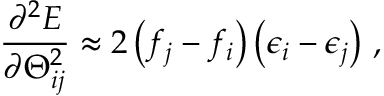
\frac { \partial ^ { 2 } E } { \partial \Theta _ { i j } ^ { 2 } } \approx 2 \left( f _ { j } - f _ { i } \right) \left( \epsilon _ { i } - \epsilon _ { j } \right) \, ,